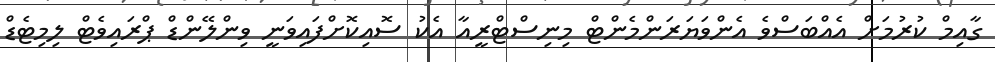
ގާއިމް ކުރުމަށް އެއްބަސްވެ އެންވަޔަރަންމެންޓް މިނިސްޓްރީއާ އެކު ސޮއިކޮށްފައިވަނީ ވިންލޭންޑް ޕްރައިވެޓް ލިމިޓެޑް